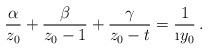
LaTeX: \begin{align*}\frac{\alpha}{z_0}+\frac{\beta}{z_0-1}+\frac{\gamma}{z_0-t}=\frac{1}{\i y_0}\,.\end{align*}